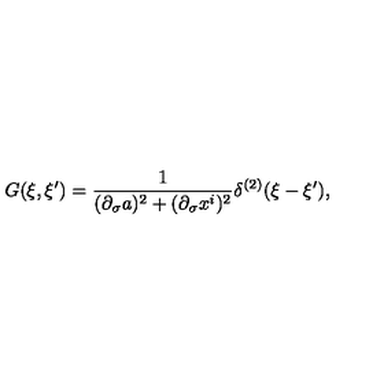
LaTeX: G ( \xi , \xi ^ { \prime } ) = { \frac { 1 } { ( \partial _ { \sigma } a ) ^ { 2 } + ( \partial _ { \sigma } x ^ { i } ) ^ { 2 } } } \delta ^ { ( 2 ) } ( \xi - \xi ^ { \prime } ) ,